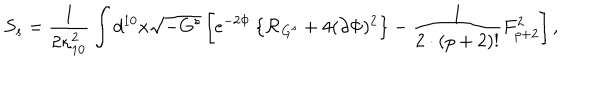
LaTeX: S _ { s } = { \frac { 1 } { 2 \kappa _ { 1 0 } ^ { 2 } } } \int d ^ { 1 0 } x \sqrt { - G ^ { s } } \left[ e ^ { - 2 \Phi } \left\{ { \cal R } _ { G ^ { s } } + 4 ( \partial \Phi ) ^ { 2 } \right\} - { \frac { 1 } { 2 \cdot ( p + 2 ) ! } } F _ { p + 2 } ^ { 2 } \right] ,